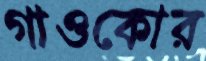
গাওকোর